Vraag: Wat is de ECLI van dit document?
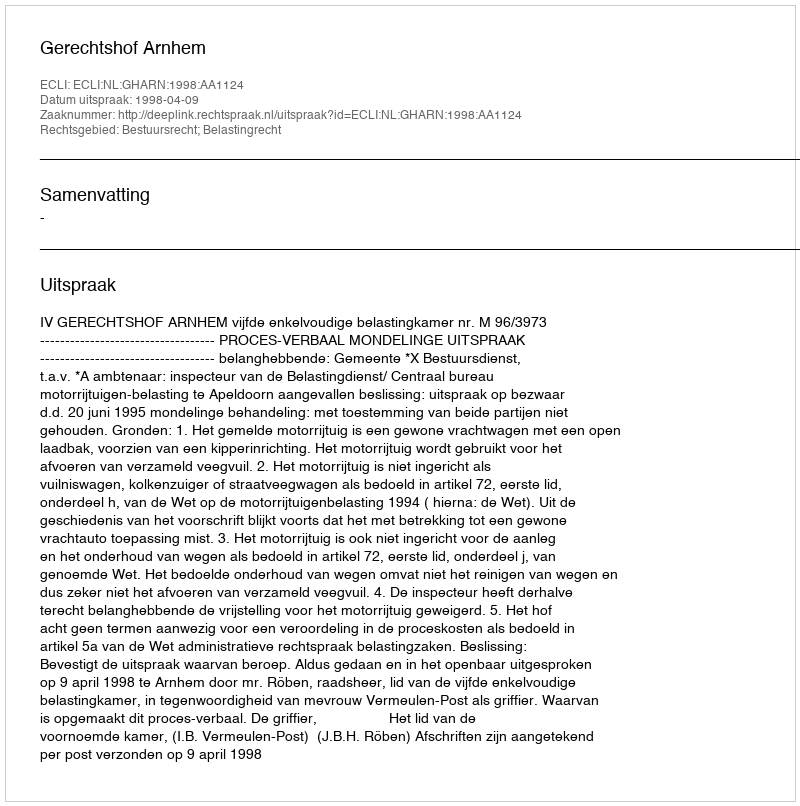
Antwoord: ECLI:NL:GHARN:1998:AA1124